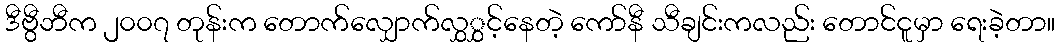
ဒီဗွီဘီက ၂၀၀၇ တုန်းက တောက်လျှောက်လွှွှင့်နေတဲ့ ကော်နီ သီချင်းကလည်း တောင်ငူမှာ ရေးခဲ့တာ။